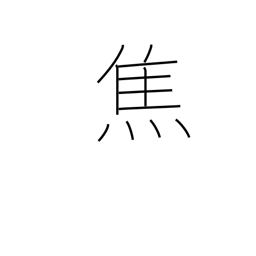
Meaning: burn